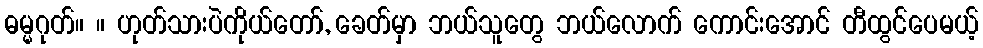
ဓမ္မဂုတ်။ ။ ဟုတ်သားပဲကိုယ်တော်, ခေတ်မှာ ဘယ်သူတွေ ဘယ်လောက် ကောင်းအောင် တီထွင်ပေမယ့်